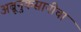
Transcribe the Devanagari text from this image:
अब्रूनुकसानीचा